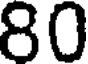
80